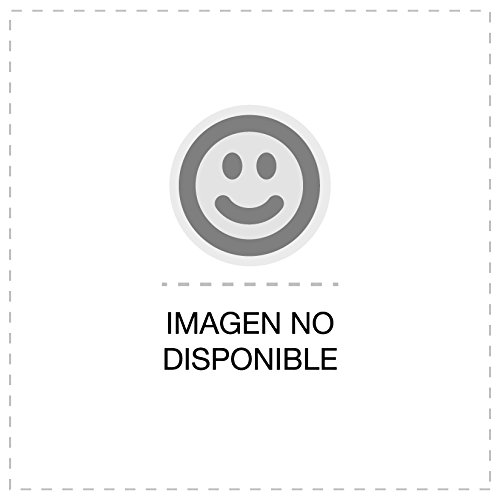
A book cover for Lupus. InformaciÃ³n bÃ¡sica para pacientes y fam.; Lavalle Montalvo Carlos; Health, Fitness & Dieting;